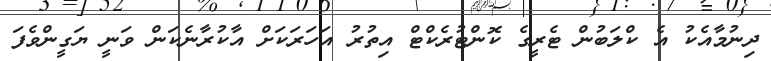
ދިނުމާއެކު އެ ކްްލަބުން ޓެރީގެ ކޮންޓުރެކްޓް އިތުުރު އަހަރަކަށް އާކުރާނެކަން ވަނީ ޔަގީންވެފަ